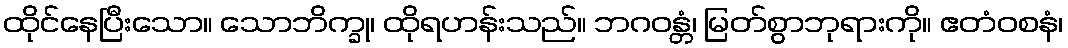
ထိုင်နေပြီးသော။ သောဘိက္ခု၊ ထိုရဟန်းသည်။ ဘဂဝန္တံ၊ မြတ်စွာဘုရားကို။ ဧတံဝစနံ၊